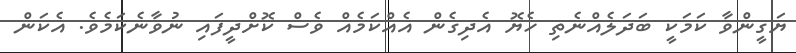
ޔަގީންވާ ކަމަކީ ބަދަލެއްނެތި ހެޔޮ އެދިގެން އެއްކަމެއް ވެސް ކޮށްދީފައި ނުވާނެކަމެވެ. އެކަން